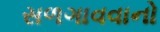
સળગાવવાનો